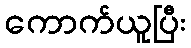
ကောက်ယူပြီး